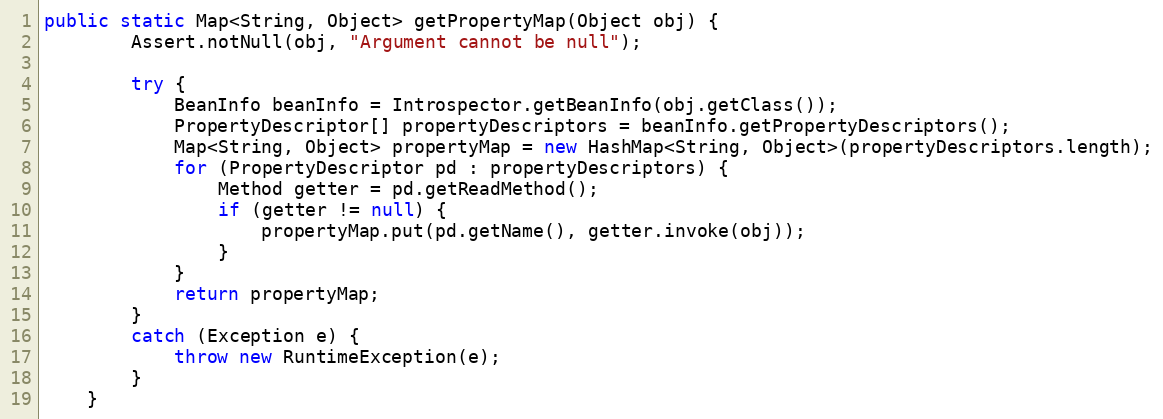
Language: Java
public static Map<String, Object> getPropertyMap(Object obj) {
        Assert.notNull(obj, "Argument cannot be null");

        try {
            BeanInfo beanInfo = Introspector.getBeanInfo(obj.getClass());
            PropertyDescriptor[] propertyDescriptors = beanInfo.getPropertyDescriptors();
            Map<String, Object> propertyMap = new HashMap<String, Object>(propertyDescriptors.length);
            for (PropertyDescriptor pd : propertyDescriptors) {
                Method getter = pd.getReadMethod();
                if (getter != null) {
                    propertyMap.put(pd.getName(), getter.invoke(obj));
                }
            }
            return propertyMap;
        }
        catch (Exception e) {
            throw new RuntimeException(e);
        }
    }